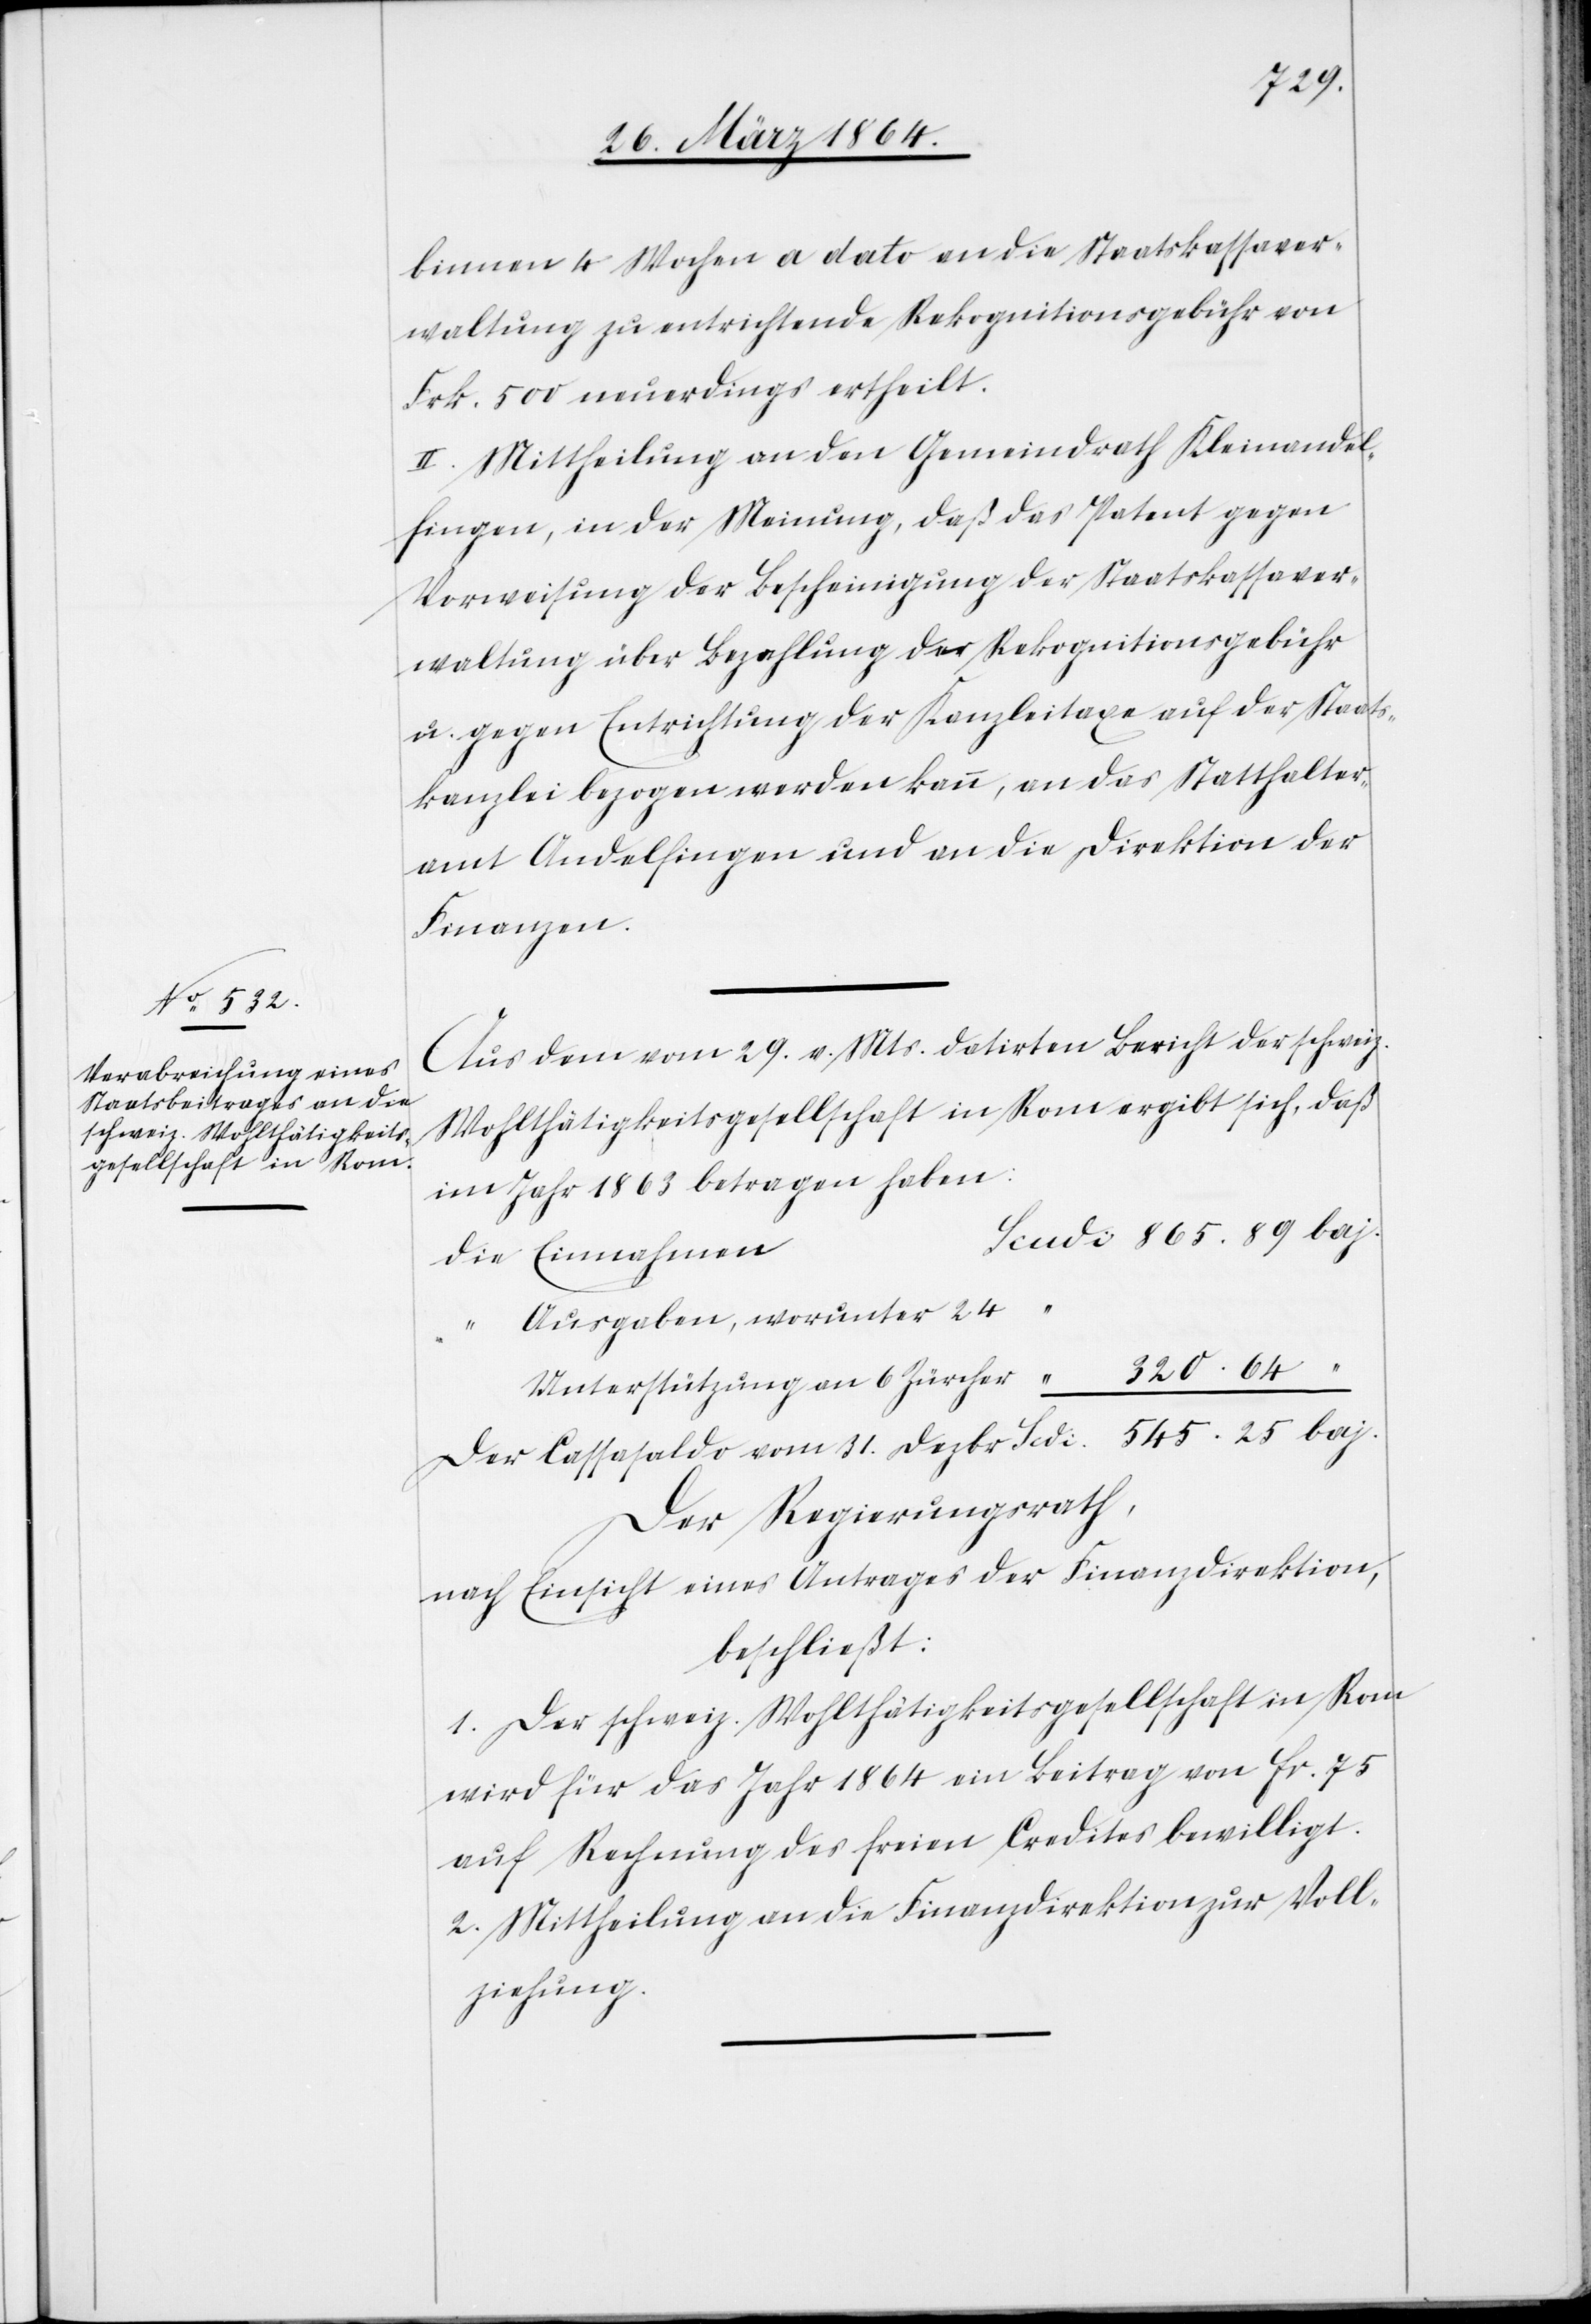
binnen 4 Wochen a dato an die Staatskassaver¬
waltung zu entrichtende Rekognitionsgebühr von
Frk. 500 neuerdings ertheilt.
II. Mittheilung an den Gemeindrath Kleinandel¬
fingen, in der Meinung, daß das Patent gegen
Vorweisung der Bescheinigung der Staatskassaver¬
waltung über Bezahlung der Rekognitionsgebühr
u. gegen Entrichtung der Kanzleitaxe auf der Staats¬
kanzlei bezogen werden kann, an das Statthalter¬
amt Andelfingen und an die Direktion der
Finanzen.
Aus dem vom 29. v. Mts. datirten Bericht der schweiz.
Wohlthätigkeitsgesellschaft in Rom ergibt sich, daß
im Jahr 1863 betragen haben:
Ausgaben, worunter 24
Unterstützung an 6 Zürcher
Der Cassasaldo vom 31. Dezbr	Scdi 	545.25 baj.
Der Regierungsrath,
nach Einsicht eines Antrages der Finanzdirektion,
beschließt:
1. Der schweiz. Wohlthätigkeitsgesellschaft in Rom
wird für das Jahr 1864 ein Beitrag von Fr. 75
auf Rechnung des freien Credites bewilligt.
2. Mittheilung an die Finanzdirektion zur Voll¬
ziehung.